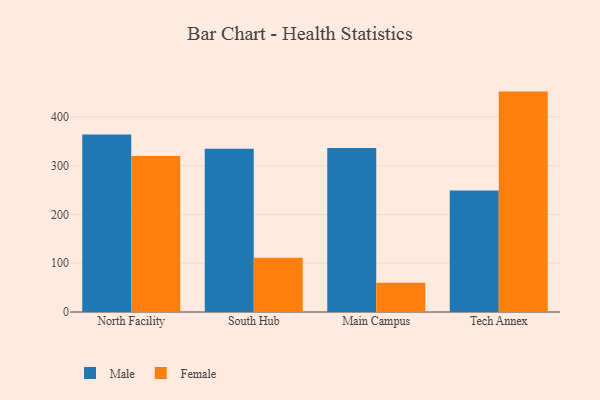
{"axis": {"x": "Campus", "y": "Active Users"}, "legend": ["Female", "Male"], "data": [{"x": "North Facility", "y": 364.1, "type": "Male"}, {"x": "North Facility", "y": 320.0, "type": "Female"}, {"x": "South Hub", "y": 334.6, "type": "Male"}, {"x": "South Hub", "y": 111.2, "type": "Female"}, {"x": "Main Campus", "y": 336.4, "type": "Male"}, {"x": "Main Campus", "y": 59.8, "type": "Female"}, {"x": "Tech Annex", "y": 248.9, "type": "Male"}, {"x": "Tech Annex", "y": 451.9, "type": "Female"}]}